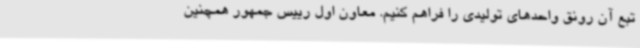
تبع آن رونق واحدهای تولیدی را فراهم کنیم. معاون اول رییس جمهور همچنین